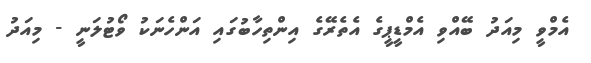
އެމްވީ މިއަދު ބޭއްވި އެމްޑީޕީގެ އެތެރޭގެ އިންތިހާބުގައި އަންހެނަކު ވޯޓުލަނީ - މިއަދު